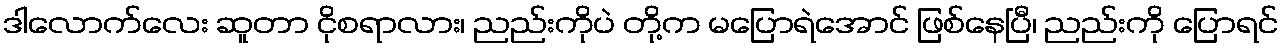
ဒါလောက်လေး ဆူတာ ငိုစရာလား၊ ညည်းကိုပဲ တို့က မပြောရဲအောင် ဖြစ်နေပြီ၊ ညည်းကို ပြောရင်